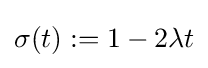
\sigma (t):=1-2\lambda t